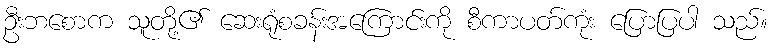
ဦးဘစောက သူတို့၏ ဆေးရုံစခန်းအကြောင်းကို စီကာပတ်ကုံး ပြောပြပါ သည်။